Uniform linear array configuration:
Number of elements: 24
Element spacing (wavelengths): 1
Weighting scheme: blackman
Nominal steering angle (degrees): -45
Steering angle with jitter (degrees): -45.354
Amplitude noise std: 0.05
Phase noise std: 0.05

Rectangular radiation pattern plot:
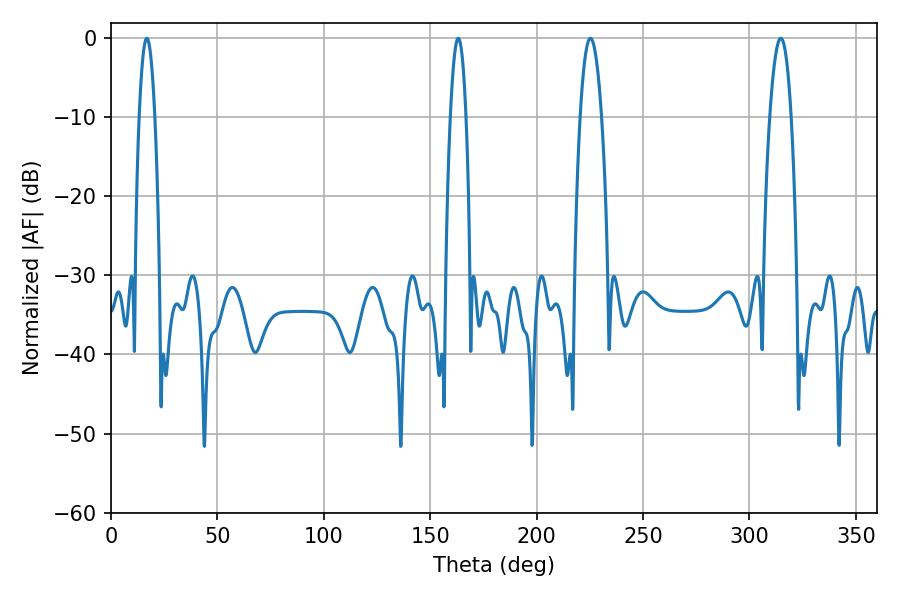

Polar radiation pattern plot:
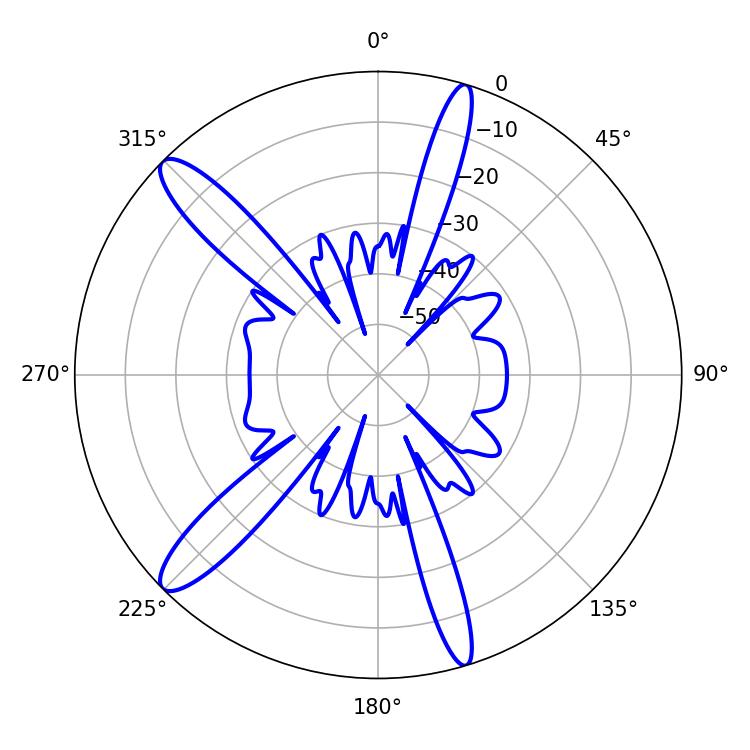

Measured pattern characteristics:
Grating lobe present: TRUE
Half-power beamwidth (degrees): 5.58
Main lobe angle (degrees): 225.36